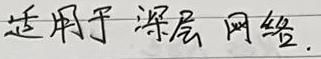
适用于深层网络.